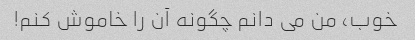
خوب، من می دانم چگونه آن را خاموش کنم!